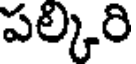
పల్కిరి